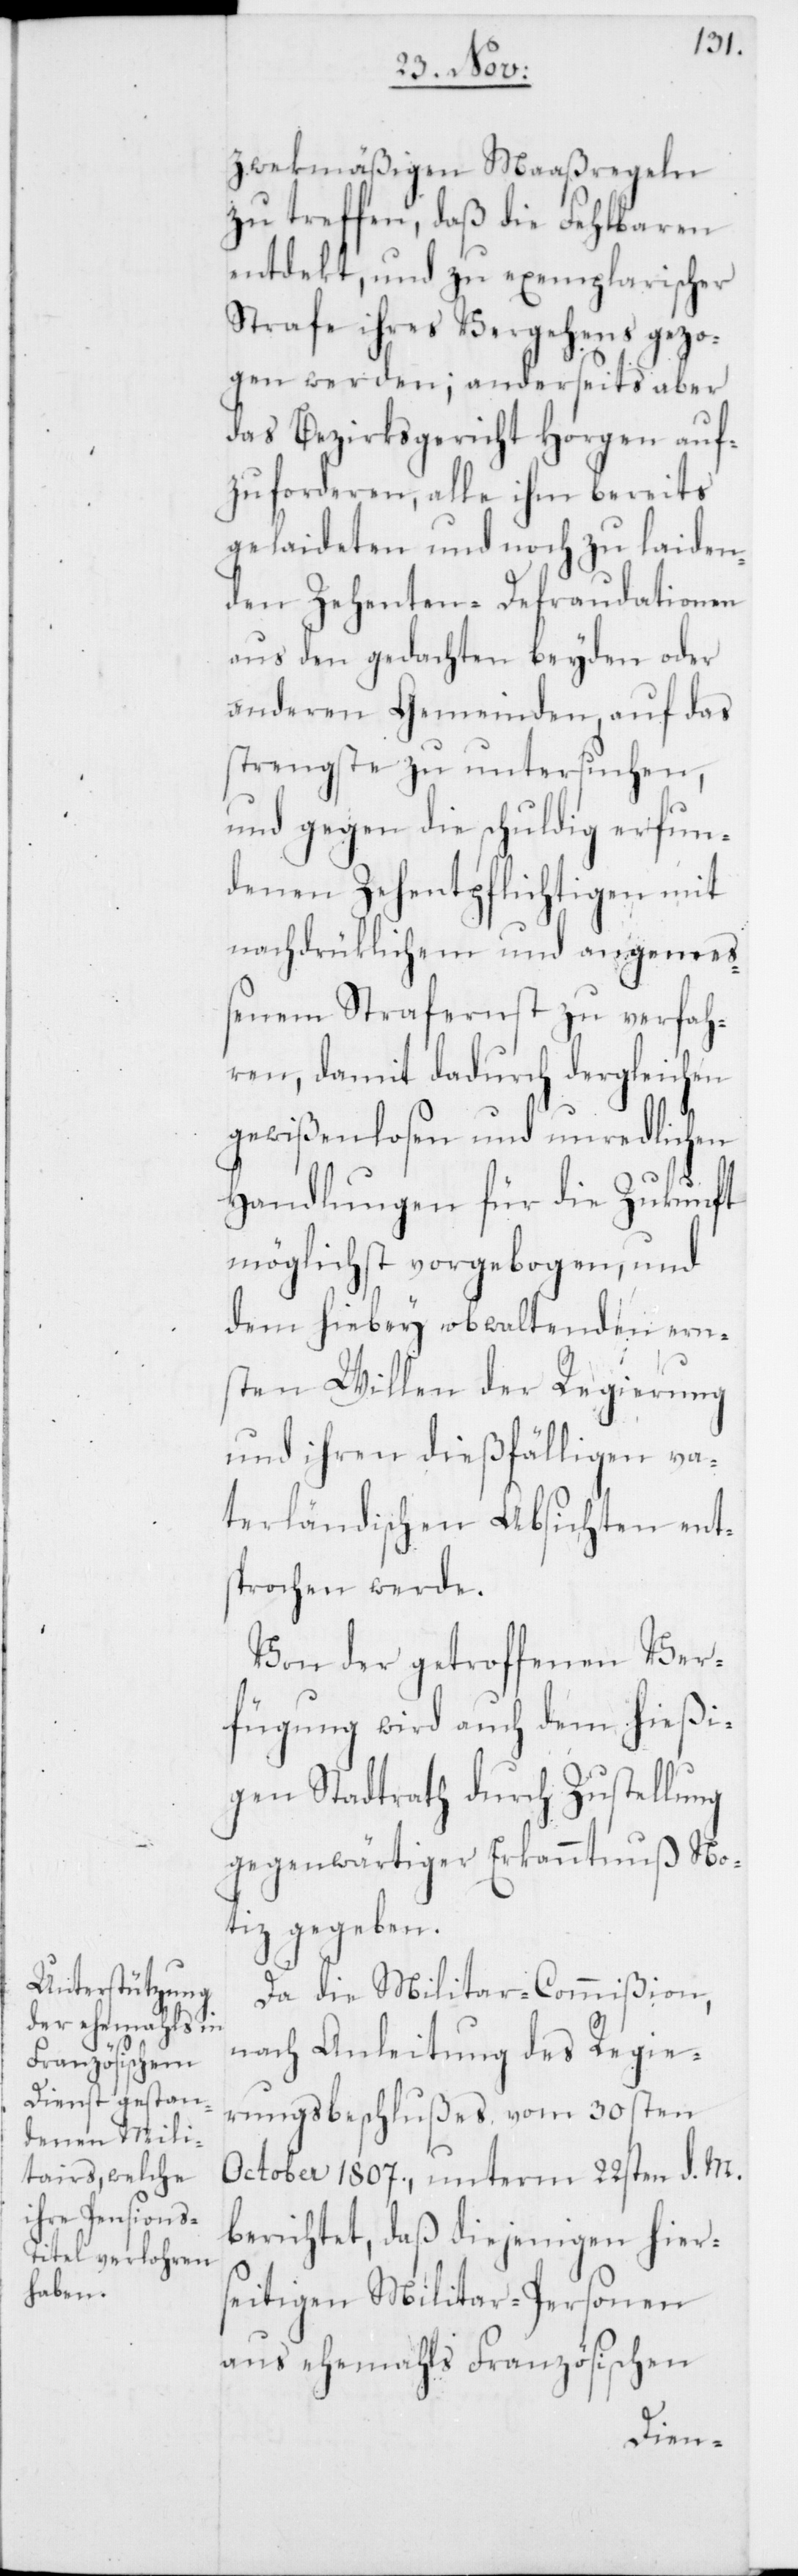
zwekmäßigen Maaßregeln
zu treffen, daß die Fehlbaren
entdekt und zu exemplarischer
Strafe ihres Vergehens gezo¬
gen werden; anderseits aber
das Bezirksgericht Horgen auf¬
zuforderen, alle ihm bereits
gelaideten und noch zu laiden¬
den Zehenten-Defraudationen
aus den gedachten beyden oder
anderen Gemeinden, auf das
strengste zu untersuchen,
und gegen die schuldig erfun¬
denen Zehentpflichtigen mit
nachdrüklichem und angeme¬
ßenem Strafernst zu verfah¬
ren, damit dadurch dergleichen
gewißenlosen und unredlichen
Handlungen für die Zukunft
möglichst vorgebogen und
dem hiebey obwaltenden ern¬
sten Willen der Regierung
und ihren dießfälligen va¬
terländischen Absichten ents¬
prochen werde.
Von der getroffenen Ver¬
fügung wird auch dem hießi¬
gen Stadtrath durch Zustellung
gegenwärtiger Erkanntnuß No¬
tiz gegeben.
Da die Militar-Commißion,
nach Anleitung des Regie¬
rungsbeschlußes vom 30sten
October 1807., unterm 22sten d. M.
berichtet, daß diejenigen hier¬
seitigen Militar-Personen
aus ehemahls Französischen